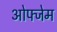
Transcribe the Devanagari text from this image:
ओफ्जेम